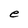
Character: e